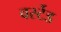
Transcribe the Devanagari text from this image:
वर्स्टेड